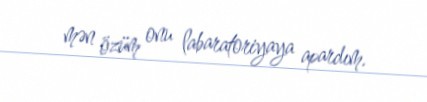
mən özüm onu labaratoriyaya apardım.